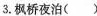
3.枫桥夜\underset{·}{泊}( )